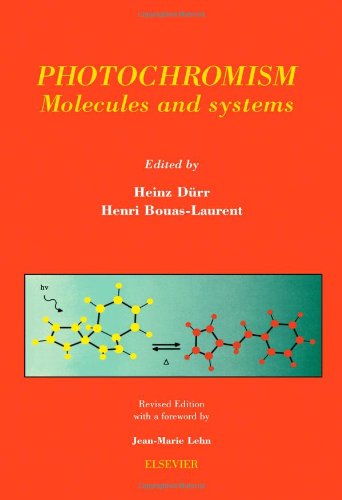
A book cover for Photochromism: Molecules and Systems; Science & Math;